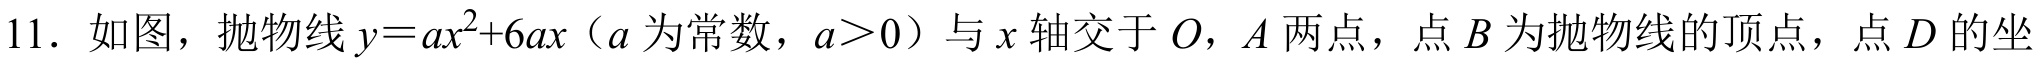
11. 如图，抛物线\(y = ax^{2}+6ax\)（\(a\)为常数，\(a>0\)）与\(x\)轴交于\(O\)，\(A\)两点，点\(B\)为抛物线的顶点，点\(D\)的坐